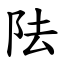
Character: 阹